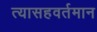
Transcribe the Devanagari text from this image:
त्यासहवर्तमान